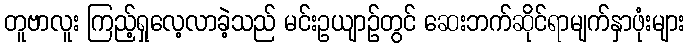
တူဗာလူး ကြည့်ရှုလေ့လာခဲ့သည် မင်းဥယျာဉ်တွင် ဆေးဘက်ဆိုင်ရာမျက်နှာဖုံးများ